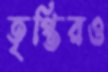
তৃপ্তিরও